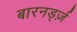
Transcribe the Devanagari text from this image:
बारनर्ड्ज़